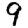
Digit: 9